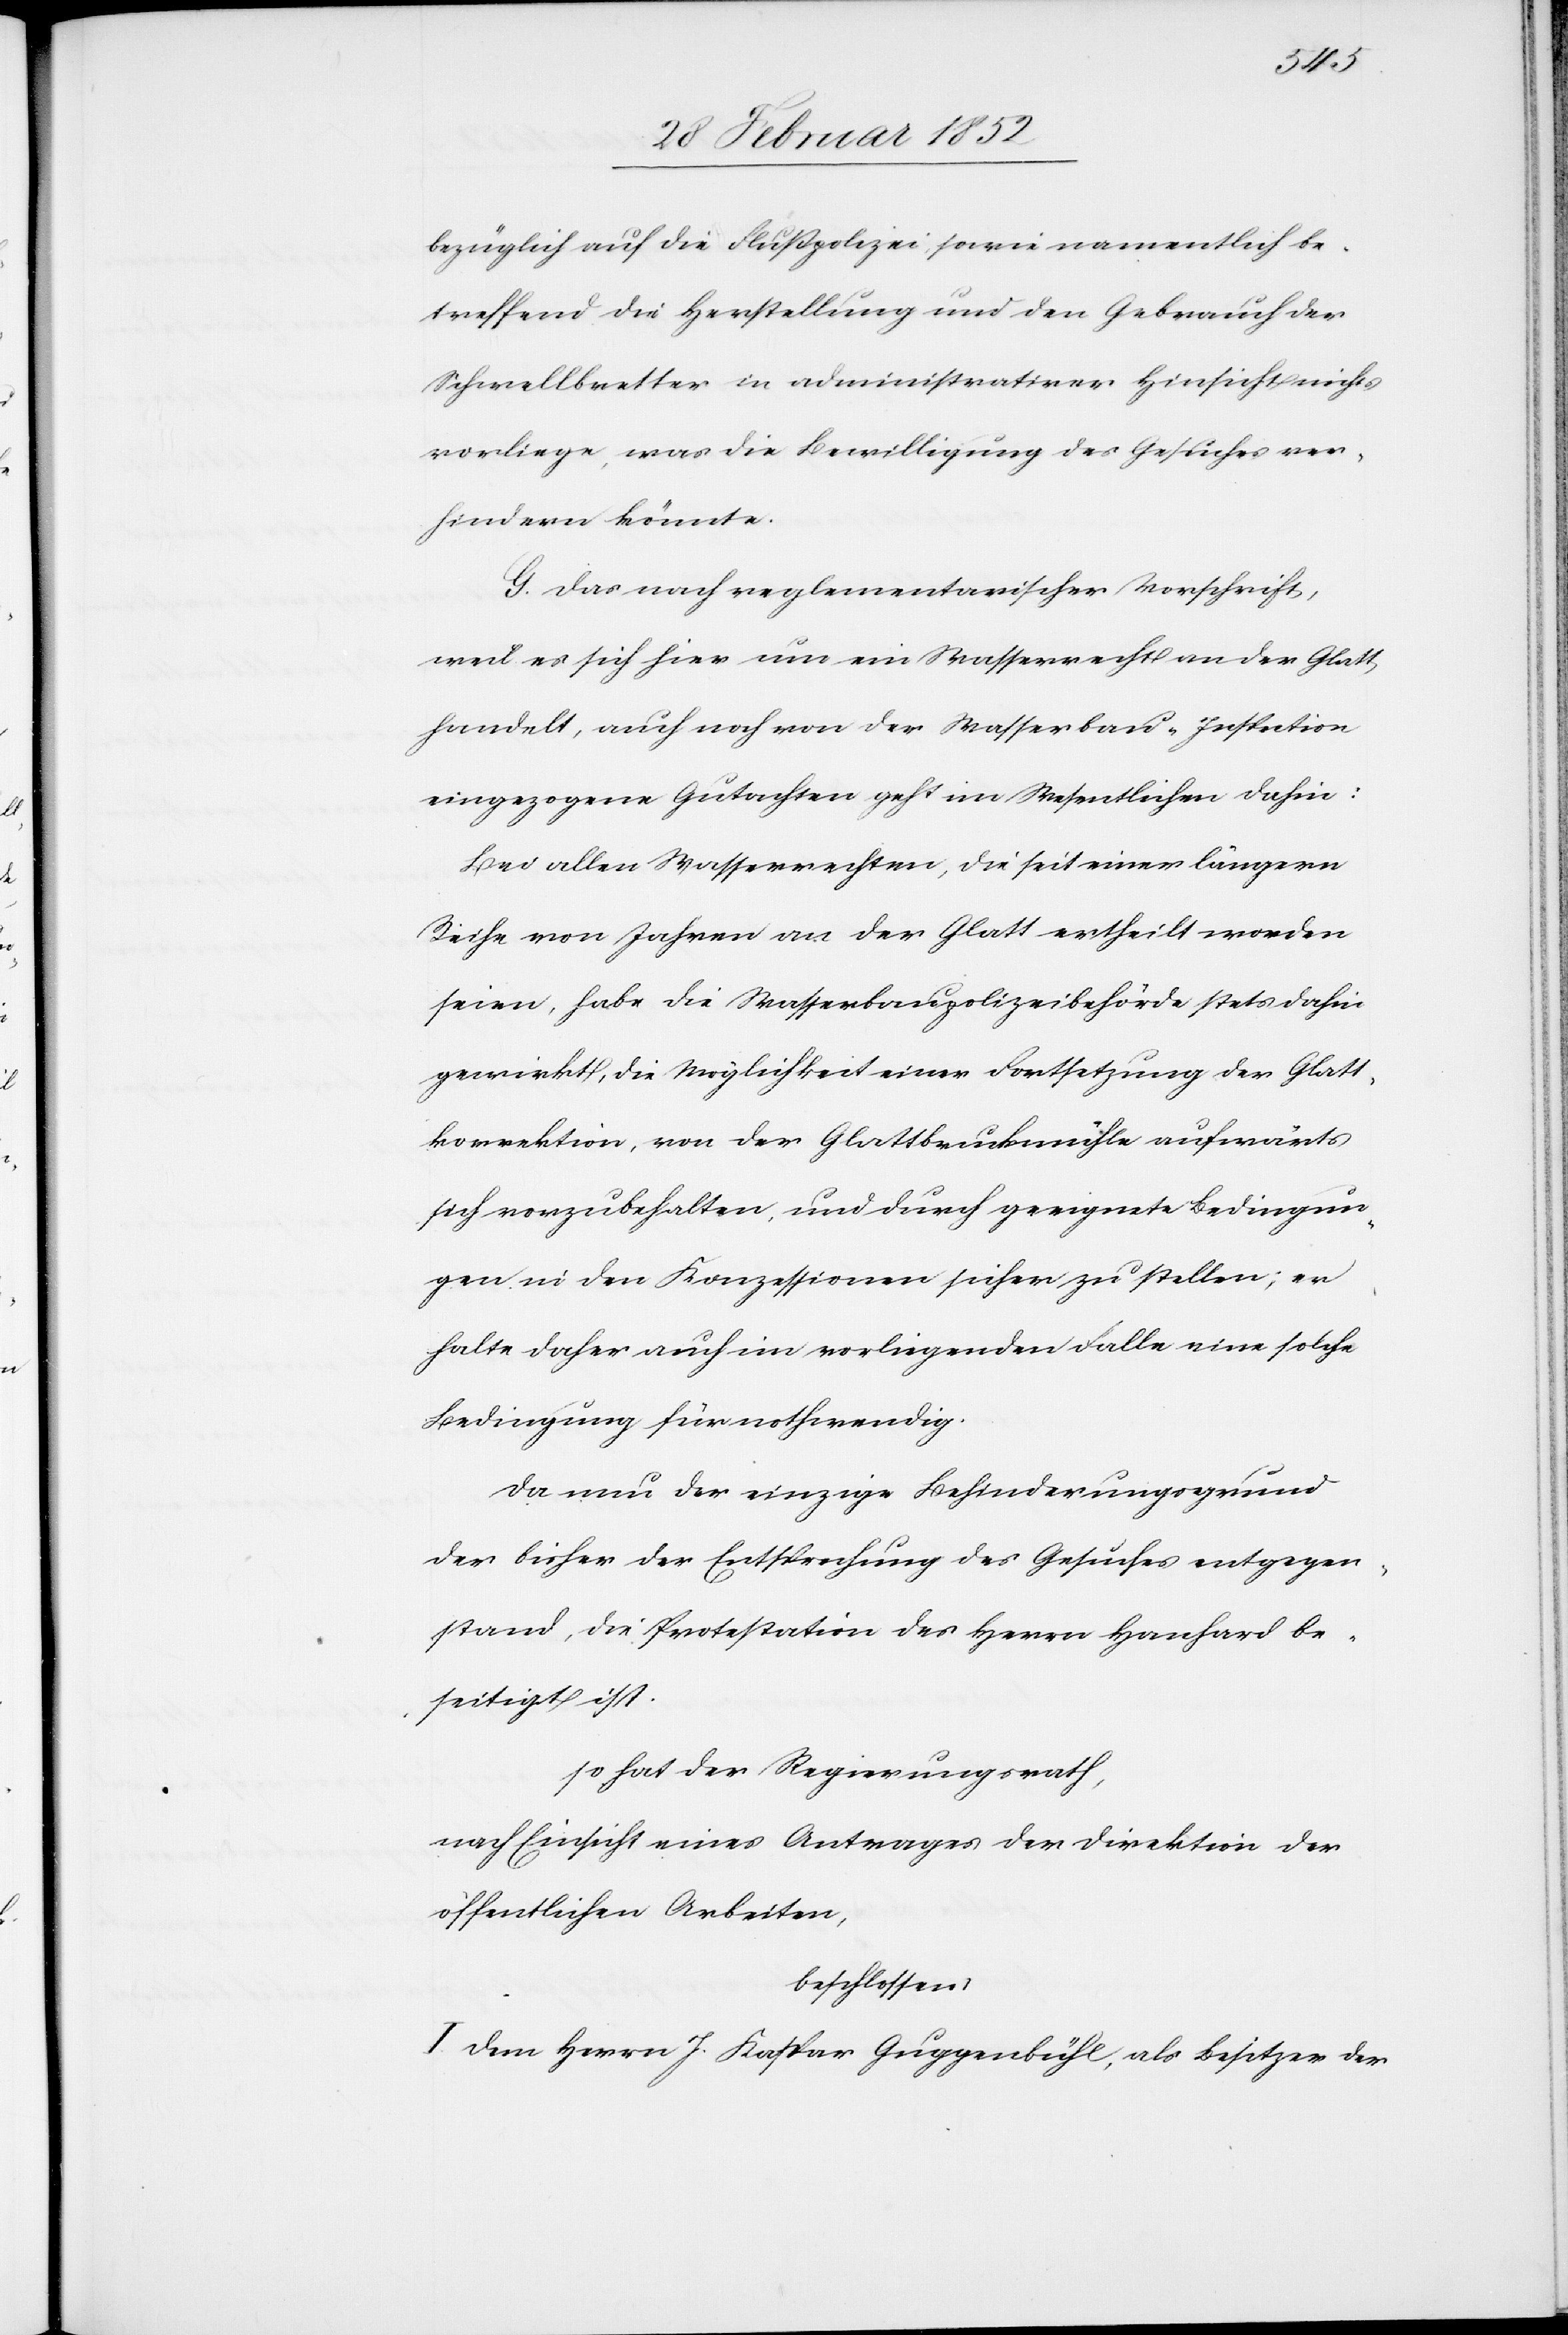
bezüglich auf die Flußpolizei, sowie namentlich be¬
treffend die Herstellung und den Gebrauch des
Schwellbrettes in administrativer Hinsicht nichts
vorliege, was die Bewilligung des Gesuches ver¬
hindern könnte.
G. Das nach reglementarischer Vorschrift,
weil es sich hier um ein Wasserrecht an der Glatt
handelt, auch noch von der Wasserbau-Inspection
eingezogene Gutachten geht im Wesentlichen dahin:
Bei allen Wasserrechten, die seit einer längeren
Reihe von Jahren an der Glatt ertheilt worden
seien, habe die Wasserbaupolizeibehörde stets dahin
gewirkt, die Möglichkeit einer Fortsetzung der Glatt¬
korrektion, von der Glattbruckmühle aufwärt¬
s vorzubehalten, und durch geeignete Bedingun¬
gen in den Konzessionen sicher zu stellen; er
halte daher auch im vorliegenden Falle eine solche
Bedingung für nothwendig.
Da nun der einzige Behinderungsgrund
der bisher der Entsprechung des Gesuches entgegen¬
stand, die Protestation des Herrn Hanhard be¬
seitigt ist.
so hat der Regierungsrath,
nach Einsicht eines Antrages der Direktion der
öffentlichen Arbeiten,
beschlossen,
I. Dem Herrn J. Kaspar Guggenbühl, als Besitzer der